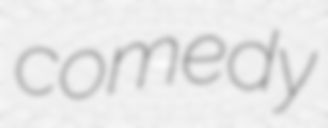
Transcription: comedy